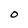
Character: O